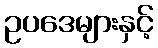
ဥပဒေများနှင့်